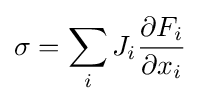
\sigma =\sum _{i}J_{i}{\frac {\partial F_{i}}{\partial x_{i}}}